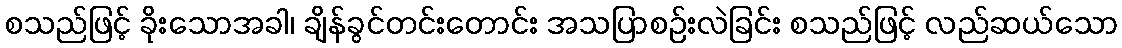
စသည်ဖြင့် ခိုးသောအခါ၊ ချိန်ခွင်တင်းတောင်း အသပြာစဉ်းလဲခြင်း စသည်ဖြင့် လည်ဆယ်သော